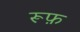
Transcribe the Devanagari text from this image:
रूफ़